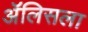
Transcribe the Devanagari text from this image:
ॲलिसला